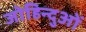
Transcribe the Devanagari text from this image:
जोहिन्दुओं